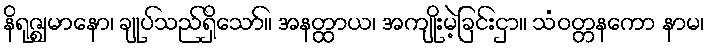
နိရုဇ္ဈမာနော၊ ချုပ်သည်ရှိသော်။ အနတ္ထာယ၊ အကျိုးမဲ့ခြင်းငှာ။ သံဝတ္တနကော နာမ၊